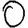
Digit: 0